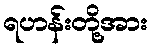
ရဟန်းတို့အား